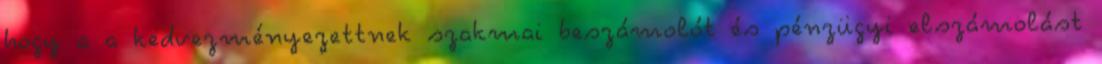
hogy a a kedvezményezettnek szakmai beszámolót és pénzügyi elszámolást